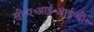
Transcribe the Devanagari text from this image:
सी॰ए॰आई॰आई॰बी॰